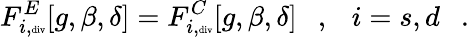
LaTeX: F_{i,\tiny\mathrm{div}}^{E}[g,\beta,\delta]=F_{i,\tiny\mathrm{div}}^{C}[g,\beta,\delta]~~~,~~~i=s,d~~~.